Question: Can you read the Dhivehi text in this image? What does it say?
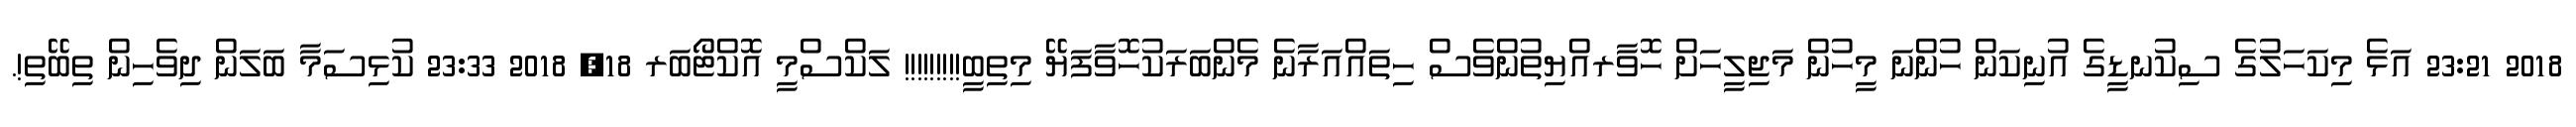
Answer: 2018 23:21 އަޅެ މިކަހަލުގެ ސިކުނޑީގެ އުނިކަން ހުންނަ މީހުން މަޖިލީހަށް ހޮވާރއްޔިތުންވެސް ހިތައްއަރާނެ މެންބަރަކުހޮވާފަޔޭ މިތިބީ!!!!!!!!! ލަކްސްމީ އޮކްޓޯބަރ 18, 2018 23:33 ކުޅިސަމާ ބަލަން ދިވެހިން ތިބޭތި!.